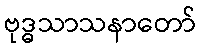
ဗုဒ္ဓသာသနာတော်